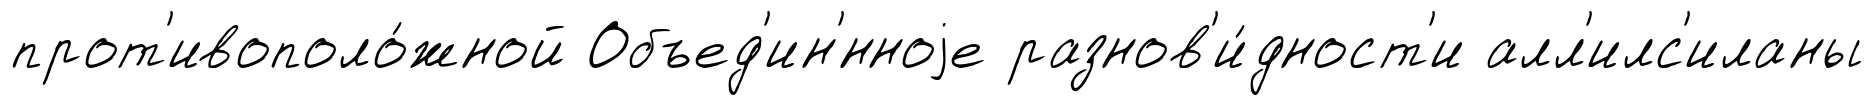
прот'ивополо́жной Объед'ин'́нноjе разнов'и́дност'и алл'илс'иланы